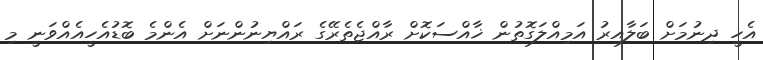
އެހީ ދިނުމަށް ބަލާއިރު އަމިއްލަގޮތުން ޚާއްސަކޮށް ރާއްޖެތެރޭގެ ރައްޔިނުންނަށް އެންމެ ބޮޑުއެހީއެއްވަނީ މި